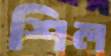
শিল